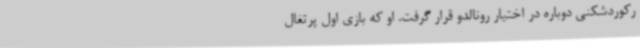
رکوردشکنی دوباره در اختیار رونالدو قرار گرفت. او که بازی اول پرتغال